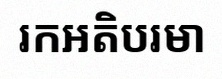
រកអតិបរមា